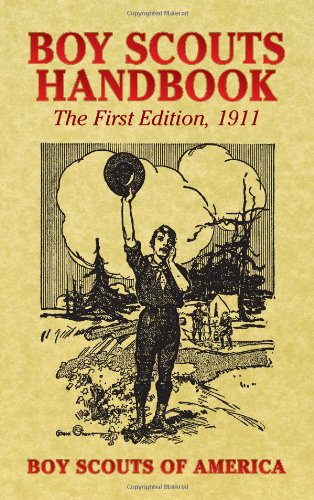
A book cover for Boy Scouts Handbook: The First Edition, 1911 (Dover Books on Americana); Boy Scouts of America; Science & Math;